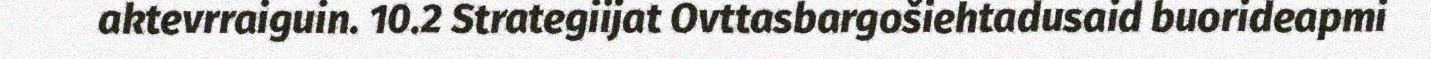
aktevrraiguin. 10.2 Strategiijat Ovttasbargošiehtadusaid buorideapmi